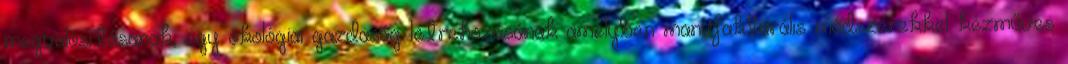
megvalósításának, egy ökológiai gazdaság létrehozásának amelyben manufakturális módszerekkel kézműves